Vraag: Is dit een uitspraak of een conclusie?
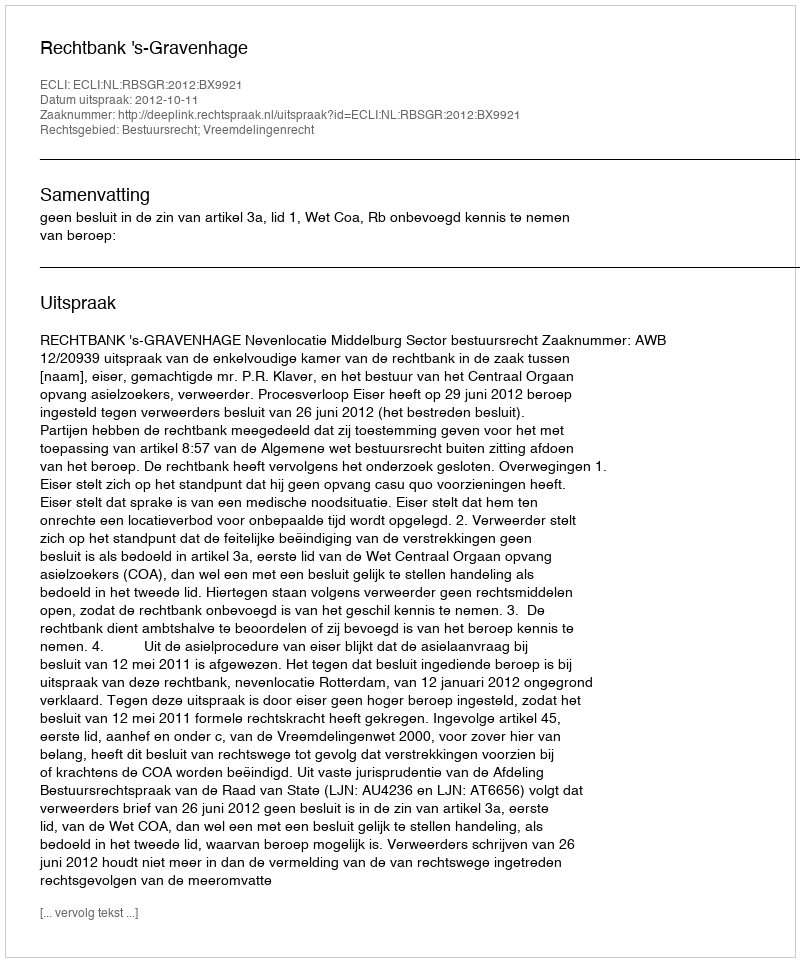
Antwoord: Uitspraak